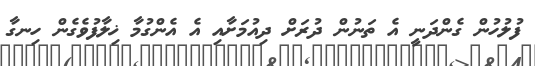
ފުލުހުން ގެންދަނީ އެ ތަނުން ދުރަށް ދިއުމަށާއި އެ އެންގުމާ ޚިލާފުވެގެން ހިނގާ